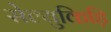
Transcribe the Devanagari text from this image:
सेल्युकिड़ि